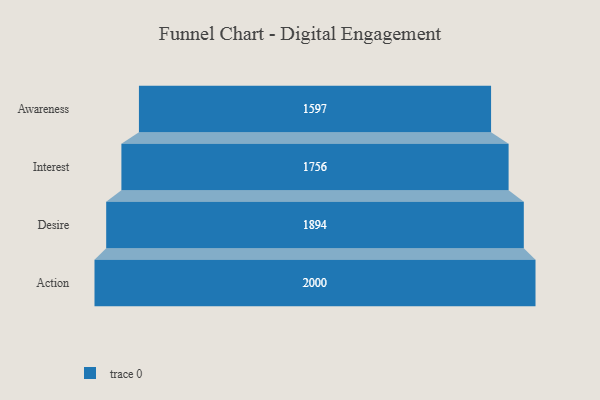
{"axis": {"x": "Stage", "y": "Value"}, "legend": [""], "data": [{"x": "Awareness", "y": 1597.0, "type": ""}, {"x": "Interest", "y": 1756.0, "type": ""}, {"x": "Desire", "y": 1894.0, "type": ""}, {"x": "Action", "y": 2000, "type": ""}]}